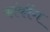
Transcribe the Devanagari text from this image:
कांकोंग